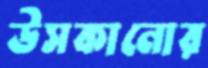
উসকানোর